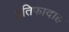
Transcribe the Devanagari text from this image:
इंतिफादाह